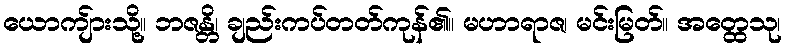
ယောကျ်ားသို့။ ဘဇန္တိ၊ ချည်းကပ်တတ်ကုန်၏။ မဟာရာဇ၊ မင်းမြတ်။ အတ္ထေသု၊